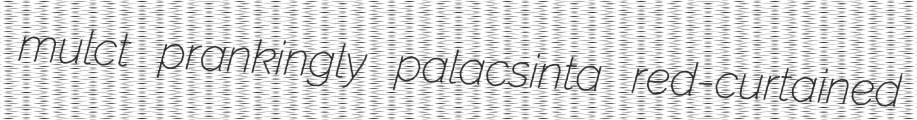
mulct prankingly palacsinta red-curtained